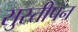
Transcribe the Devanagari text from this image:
सुस्तीपन